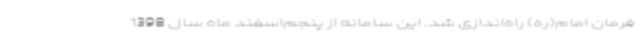
فرمان امام(ره) راه‌اندازی شد. این سامانه از پنجم‌اسفند ماه سال 1398